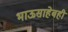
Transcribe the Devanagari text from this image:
भाऊसाहेबही